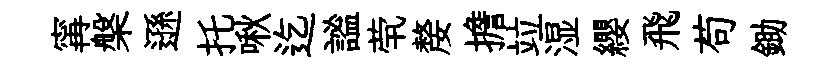
𡩋槃遜托啾迄謐茕嫠擔竝湿纓飛苟鋤